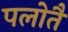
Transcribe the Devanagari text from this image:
पलोतै